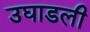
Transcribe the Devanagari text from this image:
उघाडली